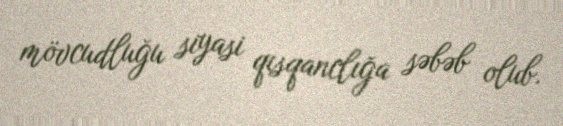
mövcudluğu siyasi qısqanclığa səbəb olub.